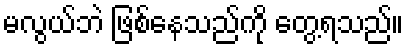
မလွယ်ဘဲ ဖြစ်နေသည်ကို တွေ့ရသည်။